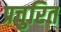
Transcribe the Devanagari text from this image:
प्रचुरित